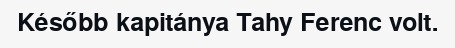
Később kapitánya Tahy Ferenc volt.